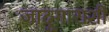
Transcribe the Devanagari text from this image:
जादूगाराशी